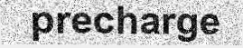
precharge